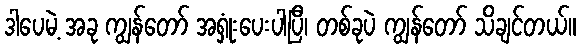
ဒါပေမဲ့ အခု ကျွန်တော် အရှုံးပေးပါပြီ၊ တစ်ခုပဲ ကျွန်တော် သိချင်တယ်။